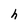
Character: h